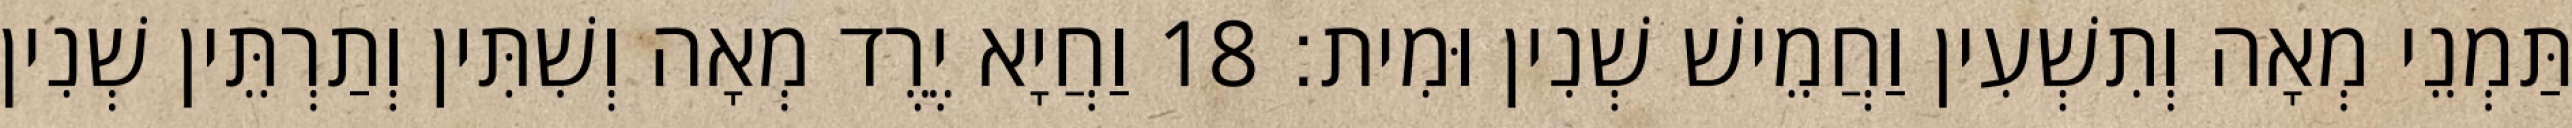
תַּמְנֵי מְאָה וְתִשְׁעִין וַחֲמֵישׁ שְׁנִין וּמִית׃ 18 וַחֲיָא יֶרֶד מְאָה וְשִׁתִּין וְתַרְתֵּין שְׁנִין